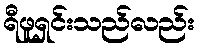
ရီဖူရှင်းသည်လည်း